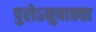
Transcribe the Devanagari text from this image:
पुरोऽनुवाक्या